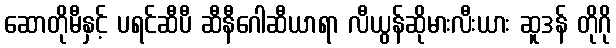
ဆောတိုမီနှင့် ပရင်ဆီပီ ဆီနီဂေါဆီယာရာ လီယွန်ဆိုမားလီးယား ဆူဒန် တိုဂို